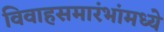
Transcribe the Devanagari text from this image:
विवाहसमारंभांमध्ये